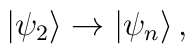
|\psi_2\rangle \rightarrow |\psi_n\rangle\,,